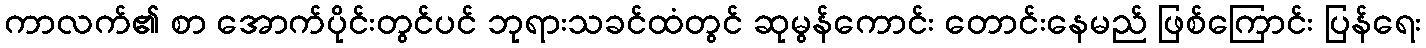
ကာလက်၏ စာ အောက်ပိုင်းတွင်ပင် ဘုရားသခင်ထံတွင် ဆုမွန်ကောင်း တောင်းနေမည် ဖြစ်ကြောင်း ပြန်ရေး